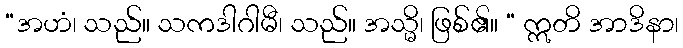
“အဟံ၊ သည်။ သကဒါဂါမီ၊ သည်။ အသ္မိ၊ ဖြစ်၏။ “ ဣတိ အာဒိနာ၊